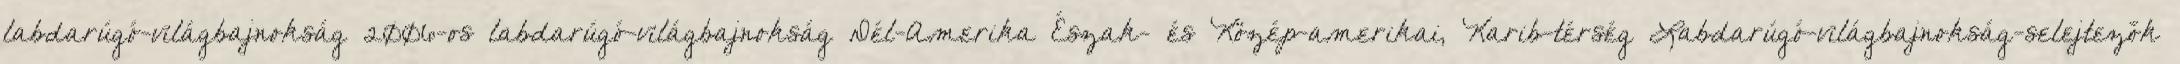
labdarúgó-világbajnokság 2006-os labdarúgó-világbajnokság Dél-Amerika Észak- és Közép-amerikai, Karib-térség Labdarúgó-világbajnokság-selejtezők